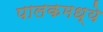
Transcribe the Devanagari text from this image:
पालकमध्ये